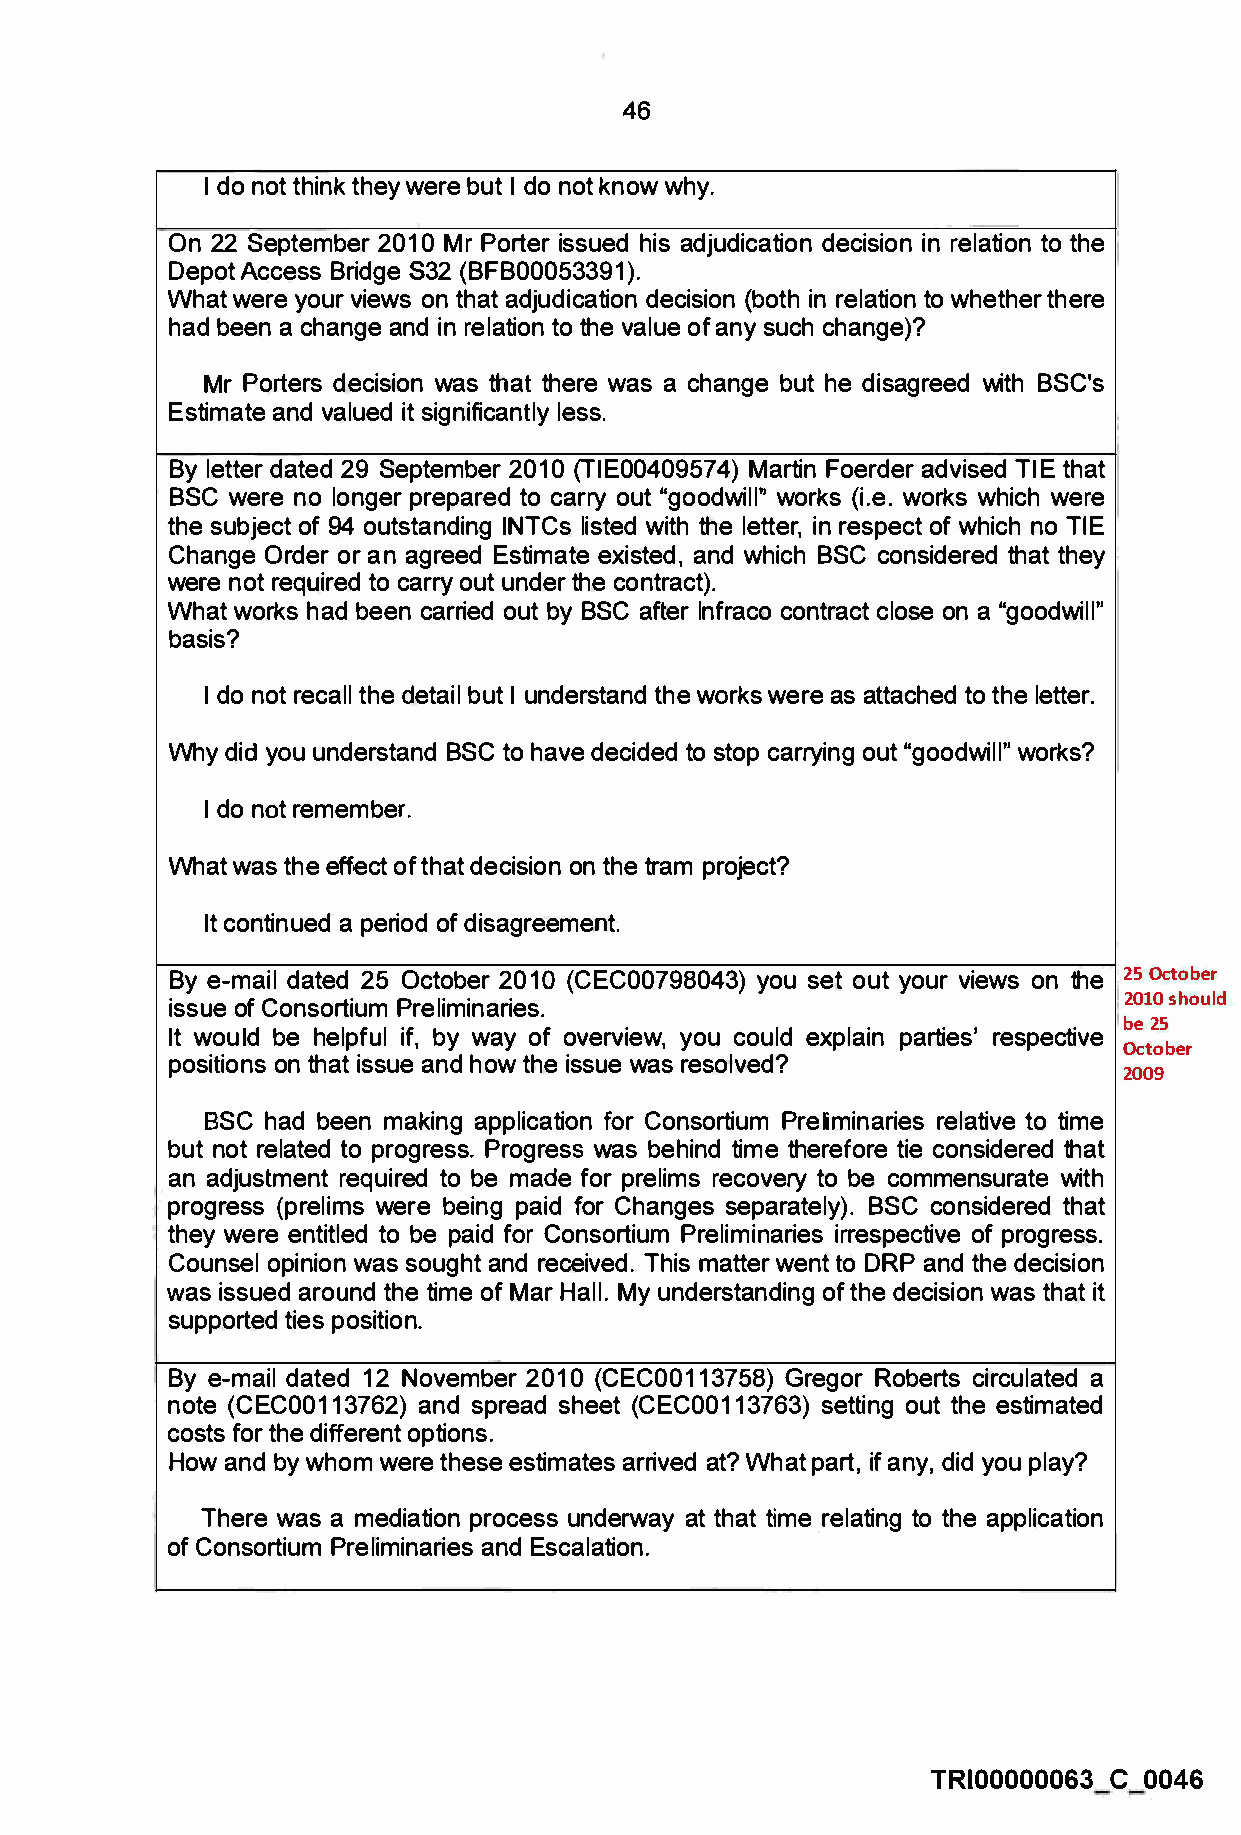
46
 I do not think they were but I do not know why.
 On 22 September 2010 Mr Porter issued his adjudication decision in relation to the
 Depot Access Bridge 832 (BFB00053391 ).
 What were your views on that adjudication decision (both in relation to whether there
 had been a change and in relation to the value of any such change)?
 Mr Porters decision was that there was a change but he disagreed with BSC's
 Estimate and valued it significantly less.
 By letter dated 29 September 2010 (TIE00409574) Martin Foerder advised TIE that
 SSC were no longer prepared to carry out "goodwill" works (i.e. works which were
 the subject of 94 outstanding INTCs listed with the letter, in respect of which no TIE
 Change Order or an agreed Estimate existed, and which SSC considered that they
 were not required to carry out under the contract).
 What works had been carried out by BSC after lnfraco contract close on a "goodwill"
 basis?
 I do not recall the detail but I understand the works were as attached to the letter.
 Why did you understand SSC to have decided to stop carrying out "goodwill" works?
 I do not remember.
 What was the effect of that decision on the tram project?
 It continued a period of disagreement.
 By e-mail dated 25 October 201O (CEC00798043) you set out your views on the 25 October
 2010 should
 issue of Consortium Preliminaries.
 be 25
 It would be helpful if, by way of overview, you could explain parties' respective
 October
 positions on that issue and how the issue was resolved?
 2009
 BSC had been making application for Consortium Preliminaries relative to time
 but not related to progress. Progress was behind time therefore tie considered that
 an adjustment required to be made for prelims recovery to be commensurate with
 progress (prelims were being paid for Changes separately). SSC considered that
 they were entitled to be paid for Consortium Preliminaries irrespective of progress.
 Counse.l opinion was sought and received. This matter went to DRP and the decision
 was issued around the time of Mar Hall. My understanding of the decision was that it
 supported ties position.
 By e-mail dated 12 November 2010 (CEC00113758) Gregor Roberts circulated a
 note (CEC00113762) and spread sheet (CEC00113763) setting out the estimated
 costs for the different options.
 How and by whom were these estimates arrived at? What part, if any, did you play?
 There was a mediation process underway at that time relating to the application
 of Consortium Preliminaries and Escalation.
 TRI00000063 C 0046